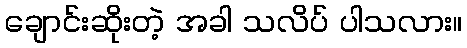
ချောင်းဆိုးတဲ့ အခါ သလိပ် ပါသလား။